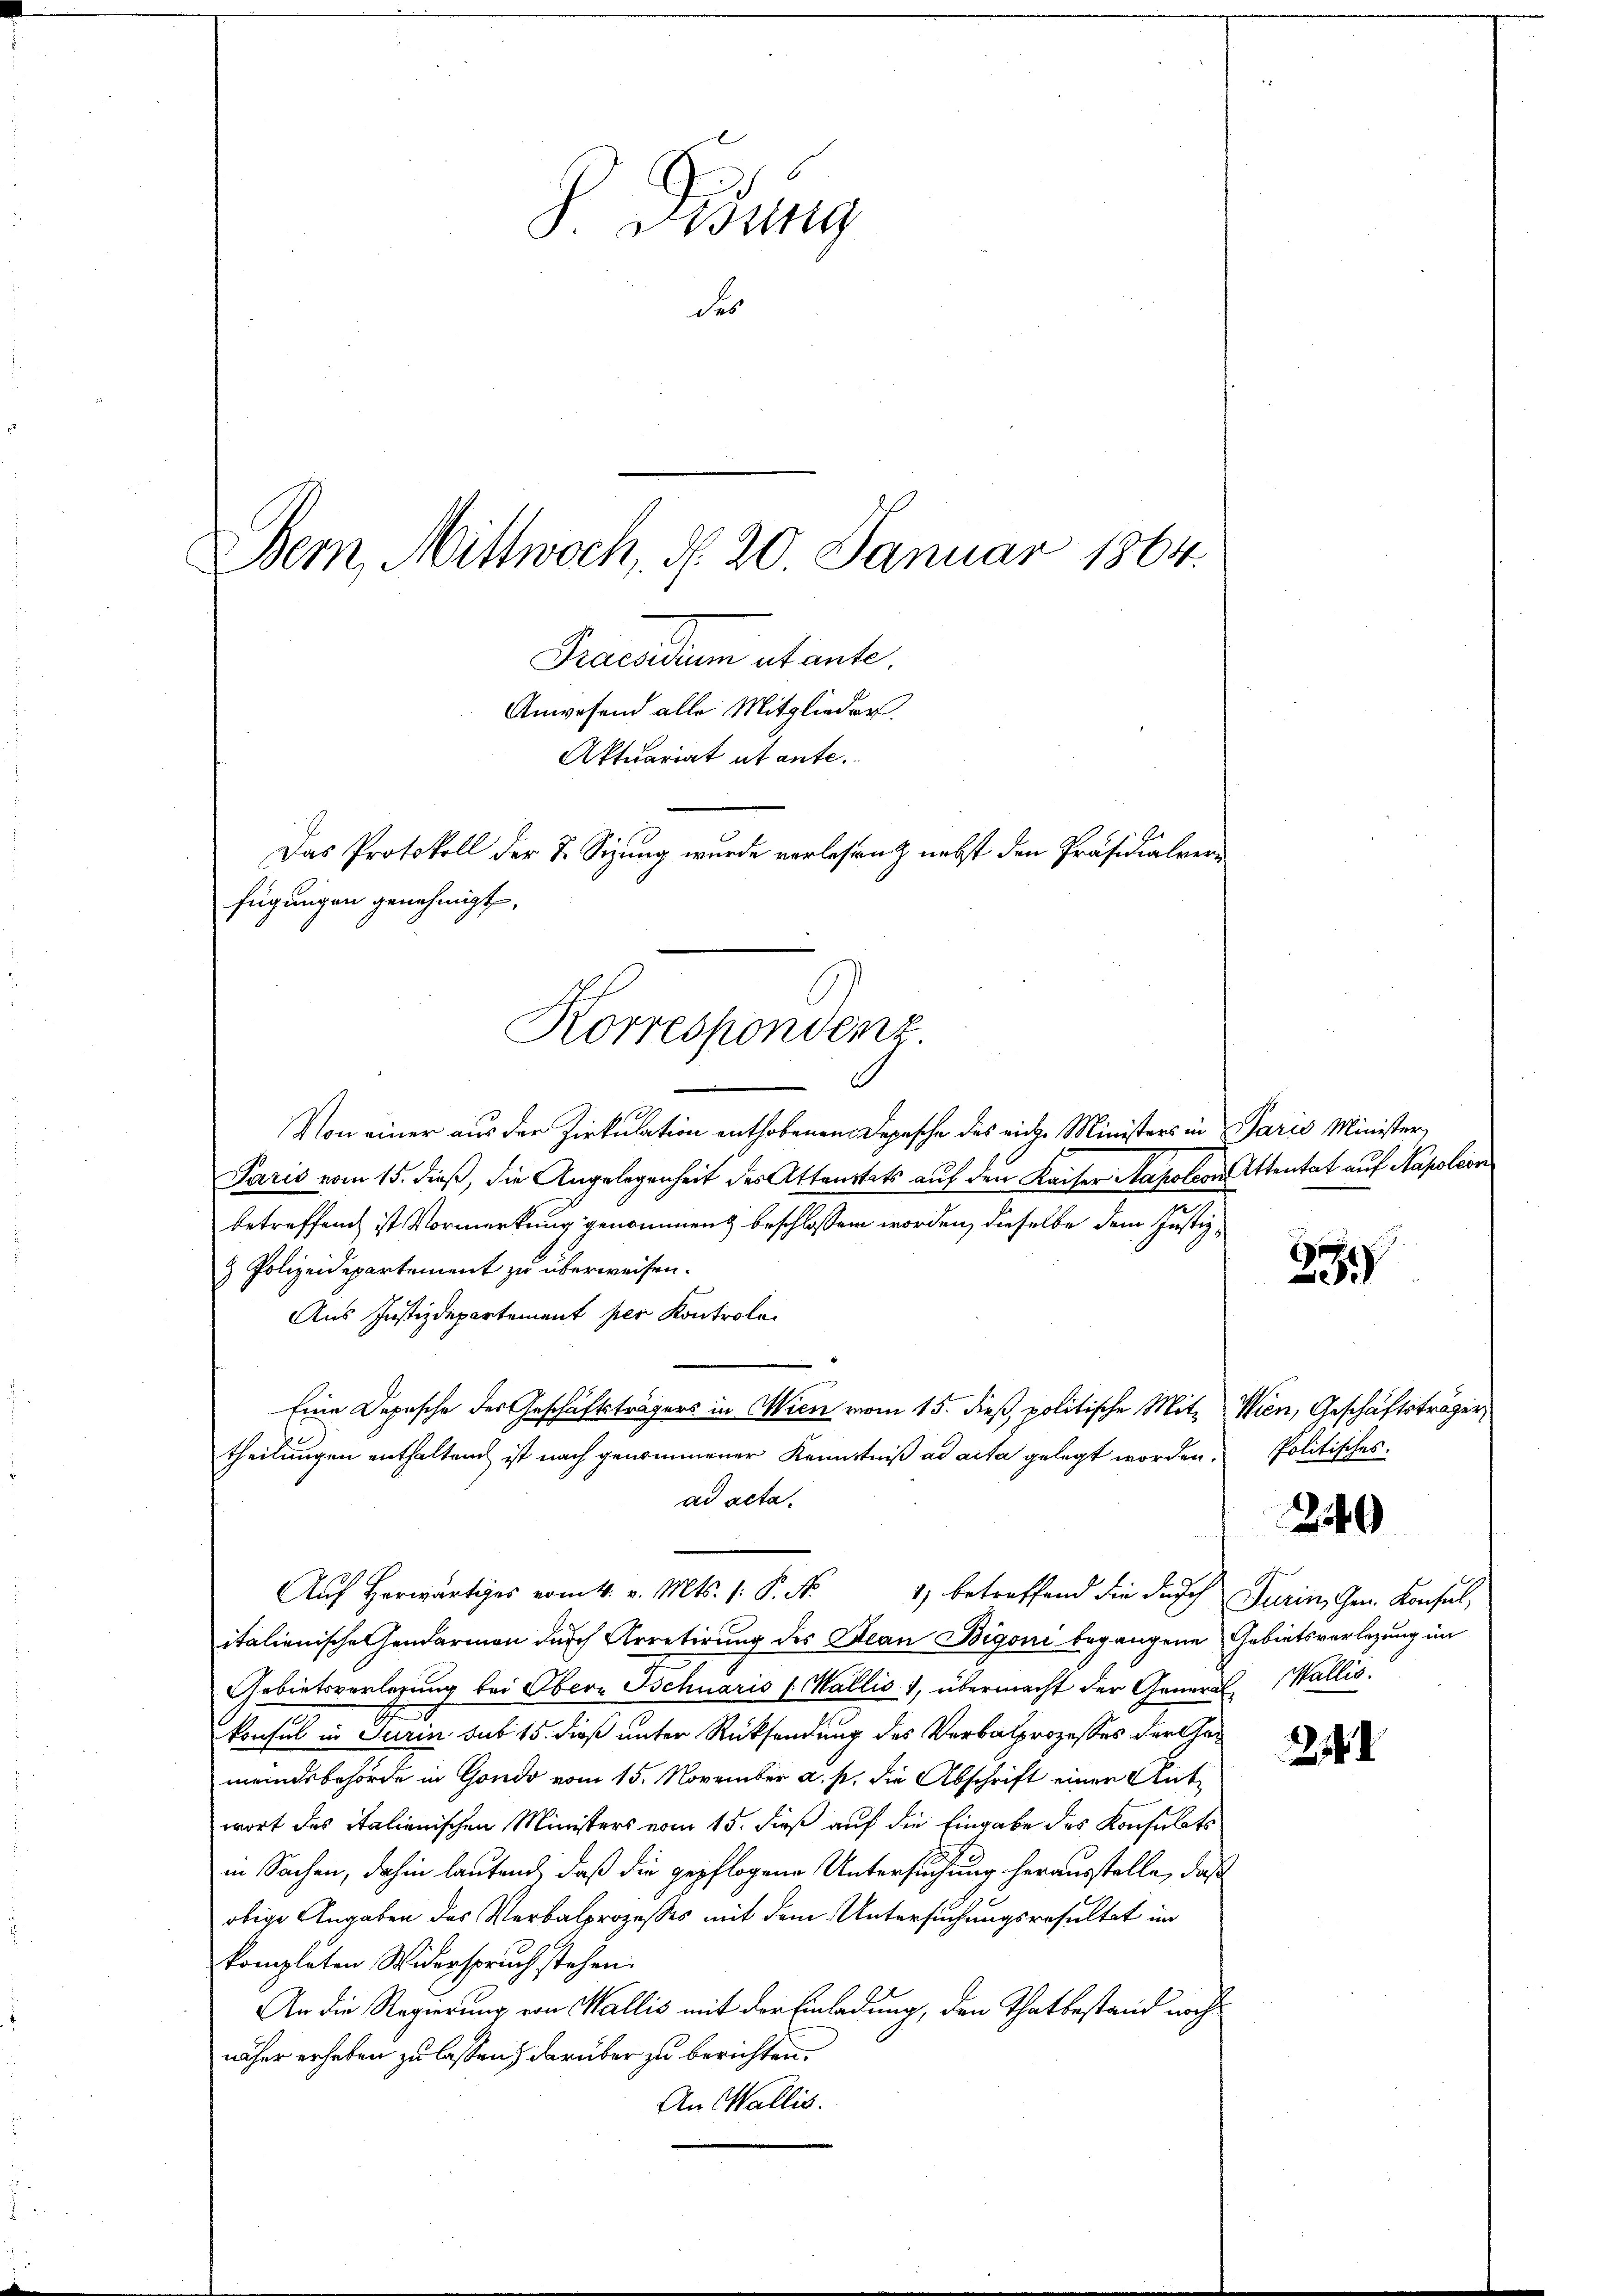
Didung
des

Dem Mittwoch, d. 20. Januar 1864.
Praesidum utante.
Anwesend alle Mitglieder.
Aktuariat utante.
Das Protokoll der 7. Sizung wurde verlesen & nebst den Präsidialverfügungen genehmigt.
Korrespondenz.

Von einer aus der Zirkulation enthobenen Depesche des eige Ministers in Paris Minister,
Paris vom 15. dieß, die Angelegenheit des Attenstets auf den Kaiser Napoleon Attentat auf Napoleon
betreffend ist Vormerkung genommen beschlossen worden, dieselbe dem Justiz¬
& Polizeidepartement zu überweisen.
Aus Justizdepartement per Kontrole
Eine Depesche des Geschäftsträgers in Wien vom 15. dieß, politische Mit- Wien, Geschäftsträger,
theilungen enthaltend ist nach genommener Kenntniß ad acta gelegt worden.
ad acta.
Auf Herwärtiges vom 4. v. Mts. 1. P. N.
41) betreffend die durch Turin, Gen. Konsul,
italienische Gendarmen durch Arretirung des Jean Bigoni begangene Gebietsverlegung im
Gebietsverlesung bei Obern Schuaris (Wallis, übermacht der General- Wallis.
konsul in Turin sub 15. dieß unter Rücksendung des Verbalprozesses der Gemeindsbehörde in Gondo vom 15. November a. s. die Abschrift einer Antwort das italienischen Ministers vom 15. dieß auf die Eingabe des Konsulats
in Sachen, dahin lautend, daß die gepflogene Untersuchung herausstelle, daß
obige Angaben des Verbalprozesses mit dem Untersuchungsresultat im
kompleten Widerspruch stehen.
An die Regierung von Wallis mit der Einladung, den Thatbestand wehr
näher erheben zu lassen, darüber zu berichten.
An Wallis.

l

2

Politisches.

240

2